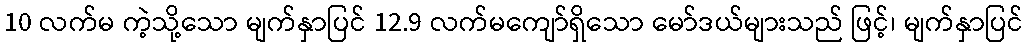
10 လက်မ ကဲ့သို့သော မျက်နှာပြင် 12.9 လက်မကျော်ရှိသော မော်ဒယ်များသည် ဖြင့်၊ မျက်နှာပြင်